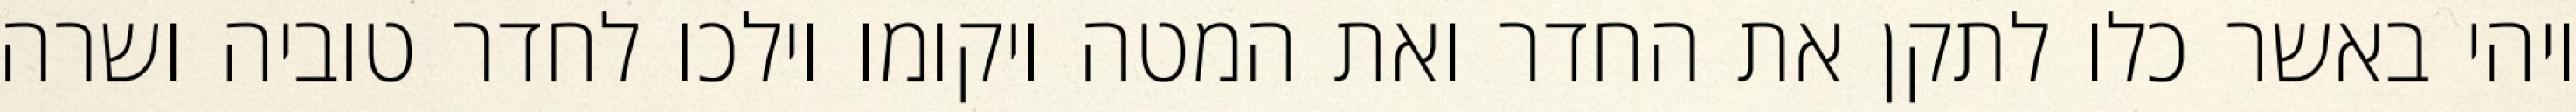
ויהי באשר כלו לתקן את החדר ואת המטה ויקומו וילכו לחדר טוביה ושרה